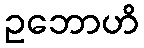
ဥဘောဟိ